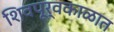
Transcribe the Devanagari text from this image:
शिवपूर्वकाळात